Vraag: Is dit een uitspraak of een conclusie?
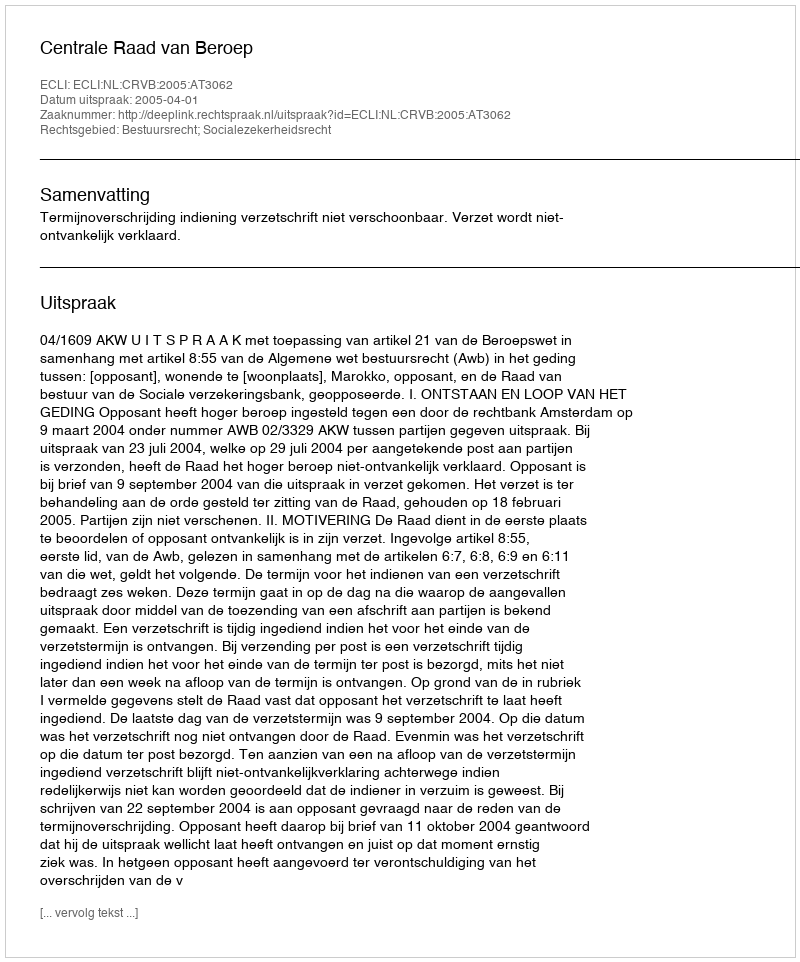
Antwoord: Uitspraak